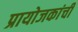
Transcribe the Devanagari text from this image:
प्रायोजकांची